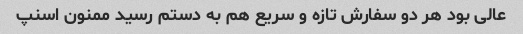
عالی بود هر دو سفارش تازه و سریع هم به دستم رسید ممنون اسنپ